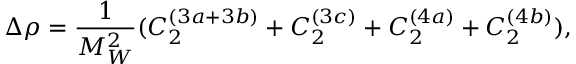
\Delta \rho = \frac { 1 } { M _ { W } ^ { 2 } } ( C _ { 2 } ^ { ( 3 a + 3 b ) } + C _ { 2 } ^ { ( 3 c ) } + C _ { 2 } ^ { ( 4 a ) } + C _ { 2 } ^ { ( 4 b ) } ) ,